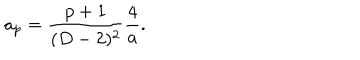
a _ { p } = { \frac { p + 1 } { ( D - 2 ) ^ { 2 } } } { \frac { 4 } { a } } .